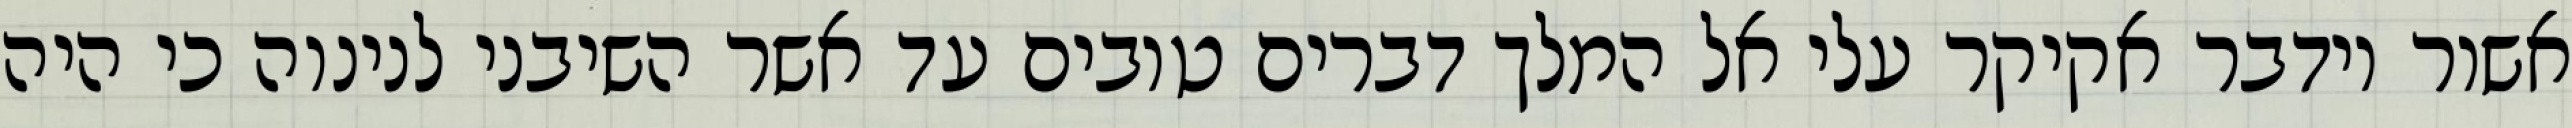
אשור וידבר אקיקר עלי אל המלך דברים טובים עד אשר השיבני לנינוה כי היה